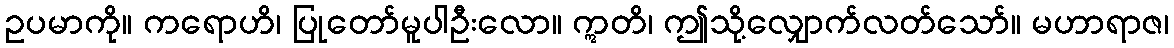
ဥပမာကို။ ကရောဟိ၊ ပြုတော်မူပါဦးလော။ ဣတိ၊ ဤသို့လျှောက်လတ်သော်။ မဟာရာဇ၊